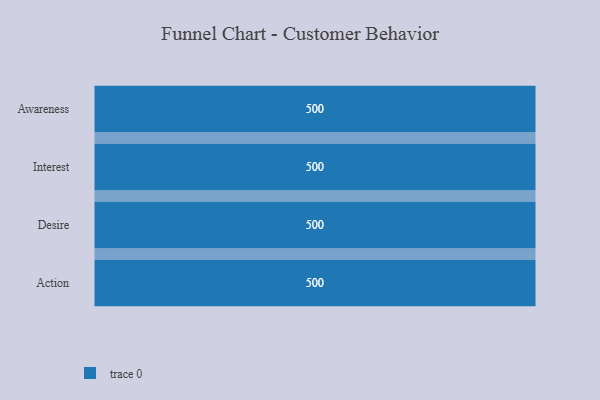
{"axis": {"x": "Stage", "y": "Value"}, "legend": [""], "data": [{"x": "Awareness", "y": 500, "type": ""}, {"x": "Interest", "y": 500, "type": ""}, {"x": "Desire", "y": 500, "type": ""}, {"x": "Action", "y": 500, "type": ""}]}